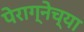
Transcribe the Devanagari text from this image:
पेराग्नेच्या